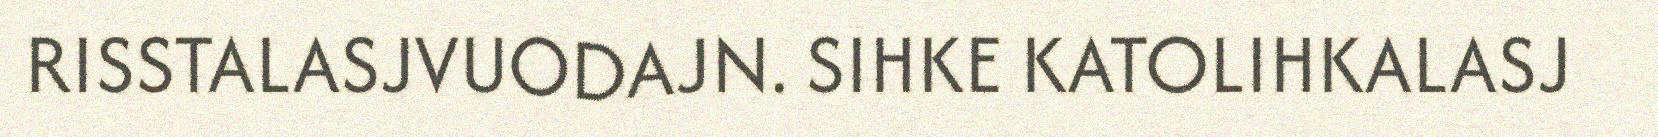
RISSTALASJVUODAJN. SIHKE KATOLIHKALASJ